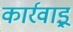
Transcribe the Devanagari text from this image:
कार्रवाइ्र्र